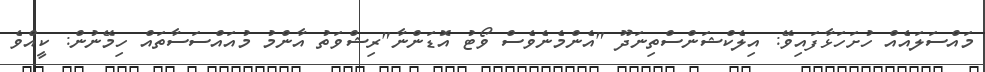
މައްސަލައެއް ހުށަހަޅާފައިވޭ: އިލެކްޝަންސްތިނަދޫ "އެންމެނެވެސް ވޯޓު އޮޑަންނާ"ރިޝްވަތު އާންމު މުއައްސަސާތައް ހިމޭނުން: ކީއްވެ